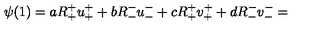
\psi ( 1 ) = a R _ { + } ^ { + } u _ { + } ^ { + } + b R _ { - } ^ { - } u _ { - } ^ { - } + c R _ { + } ^ { + } v _ { + } ^ { + } + d R _ { - } ^ { - } v _ { - } ^ { - } =